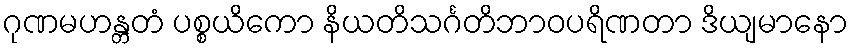
ဂုဏမဟန္တတံ ပစ္စယိကော နိယတိသင်္ဂတိဘာဝပရိဏတာ ဒိယျမာနော